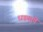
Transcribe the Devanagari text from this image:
धड्याचे